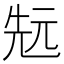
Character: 𠒑